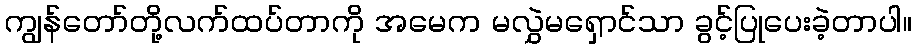
ကျွန်တော်တို့လက်ထပ်တာကို အမေက မလွှဲမရှောင်သာ ခွင့်ပြုပေးခဲ့တာပါ။